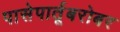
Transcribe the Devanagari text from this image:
पासेपार्तूबरोबर